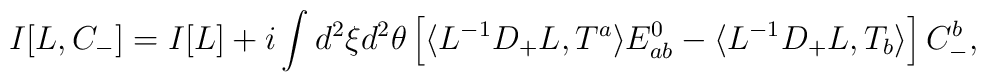
I[L,C_{-}]=I[L]+i\int d^{2}\xi d^{2}\theta\left[\langle L^{-1}D_{+}L,T^{a}\rangle E^{0}_{ab}-\langle L^{-1}D_{+}L,T_{b}\rangle\right]C_{-}^{b},